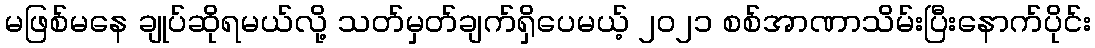
မဖြစ်မနေ ချုပ်ဆိုရမယ်လို့ သတ်မှတ်ချက်ရှိပေမယ့် ၂၀၂၁ စစ်အာဏာသိမ်းပြီးနောက်ပိုင်း